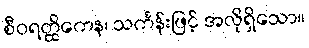
စီဝရတ္ထိကေန၊ သင်္ကန်းဖြင့် အလိုရှိသော။